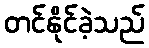
တင်နိုင်ခဲ့သည်